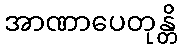
အာဏာပေတုန္တိ